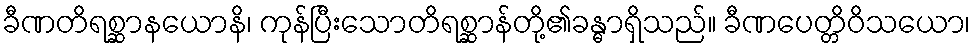
ခီဏတိရစ္ဆာနယောနိ၊ ကုန်ပြီးသောတိရစ္ဆာန်တို့၏ခန္ဓာရှိသည်။ ခီဏပေတ္တိဝိသယော၊